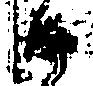
沙